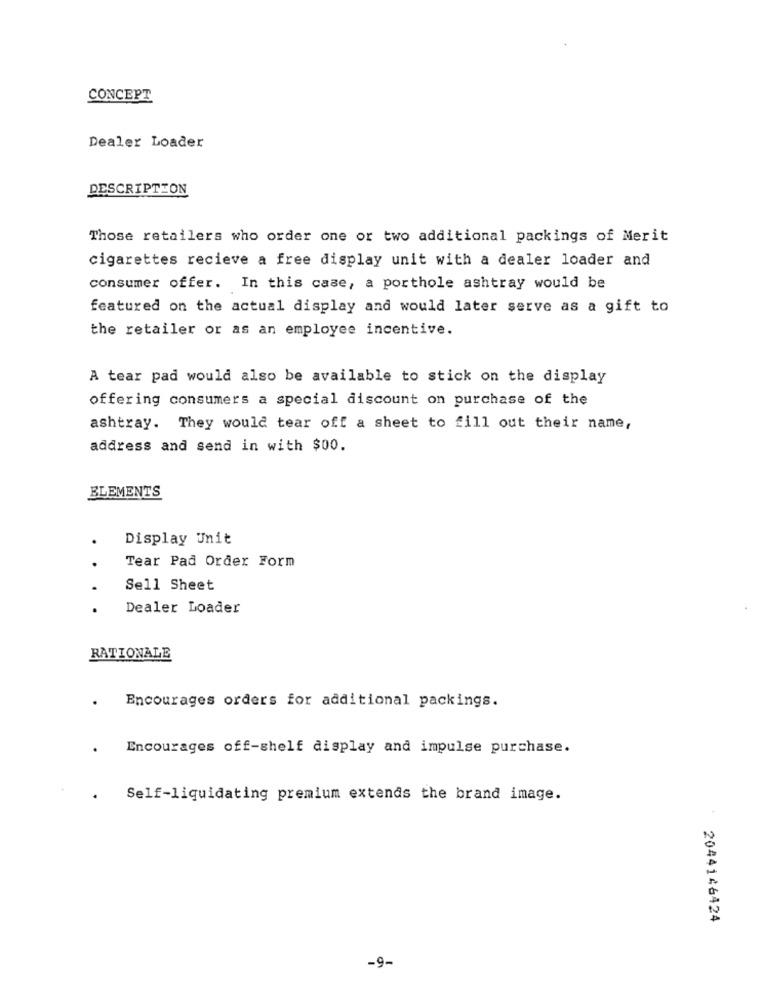
CONCEPT
Dealer Loader
DESCRIPTION
Those retailers who order one or two additional packings of Merit
cigarettes recieve a free display unit with a dealer loader and
consumer offer. In this case, a porthole ashtray would be
featured on the actual display and would later serve as a gift to
the retailer or as an employee incentive.
A tear pad would also be available to stick on the display
offering consumers a special discount on purchase of the
ashtray. They would tear off a sheet to fill out their name,
address and send in with $00.
ELEMENTS
Display Unit
Tear Pad Order Form
Sell Sheet
.
Dealer Loader
RATIONALE
Encourages orders for additional packings.
Encourages off-shelf display and impulse purchase.
Self-liquidating premium extends the brand image.
2044146424
-9-